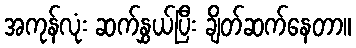
အကုန်လုံး ဆက်နွှယ်ပြီး ချိတ်ဆက်နေတာ။